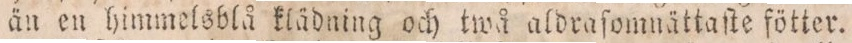
än en himmelsblå klädning och twå aldraſomnättaſte fötter.